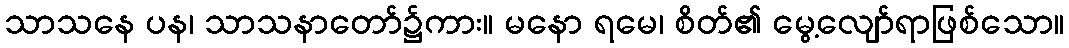
သာသနေ ပန၊ သာသနာတော်၌ကား။ မနော ရမေ၊ စိတ်၏ မွေ့လျော်ရာဖြစ်သော။